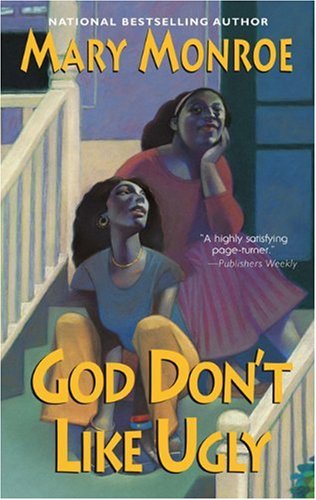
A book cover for God Don't Like Ugly; Mary Monroe; Literature & Fiction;